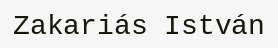
Zakariás István